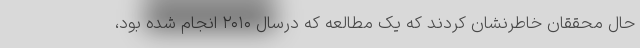
حال محققان خاطرنشان کردند که یک مطالعه که درسال ۲۰۱۰ انجام شده بود،